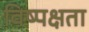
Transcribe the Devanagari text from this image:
विष्पक्षता